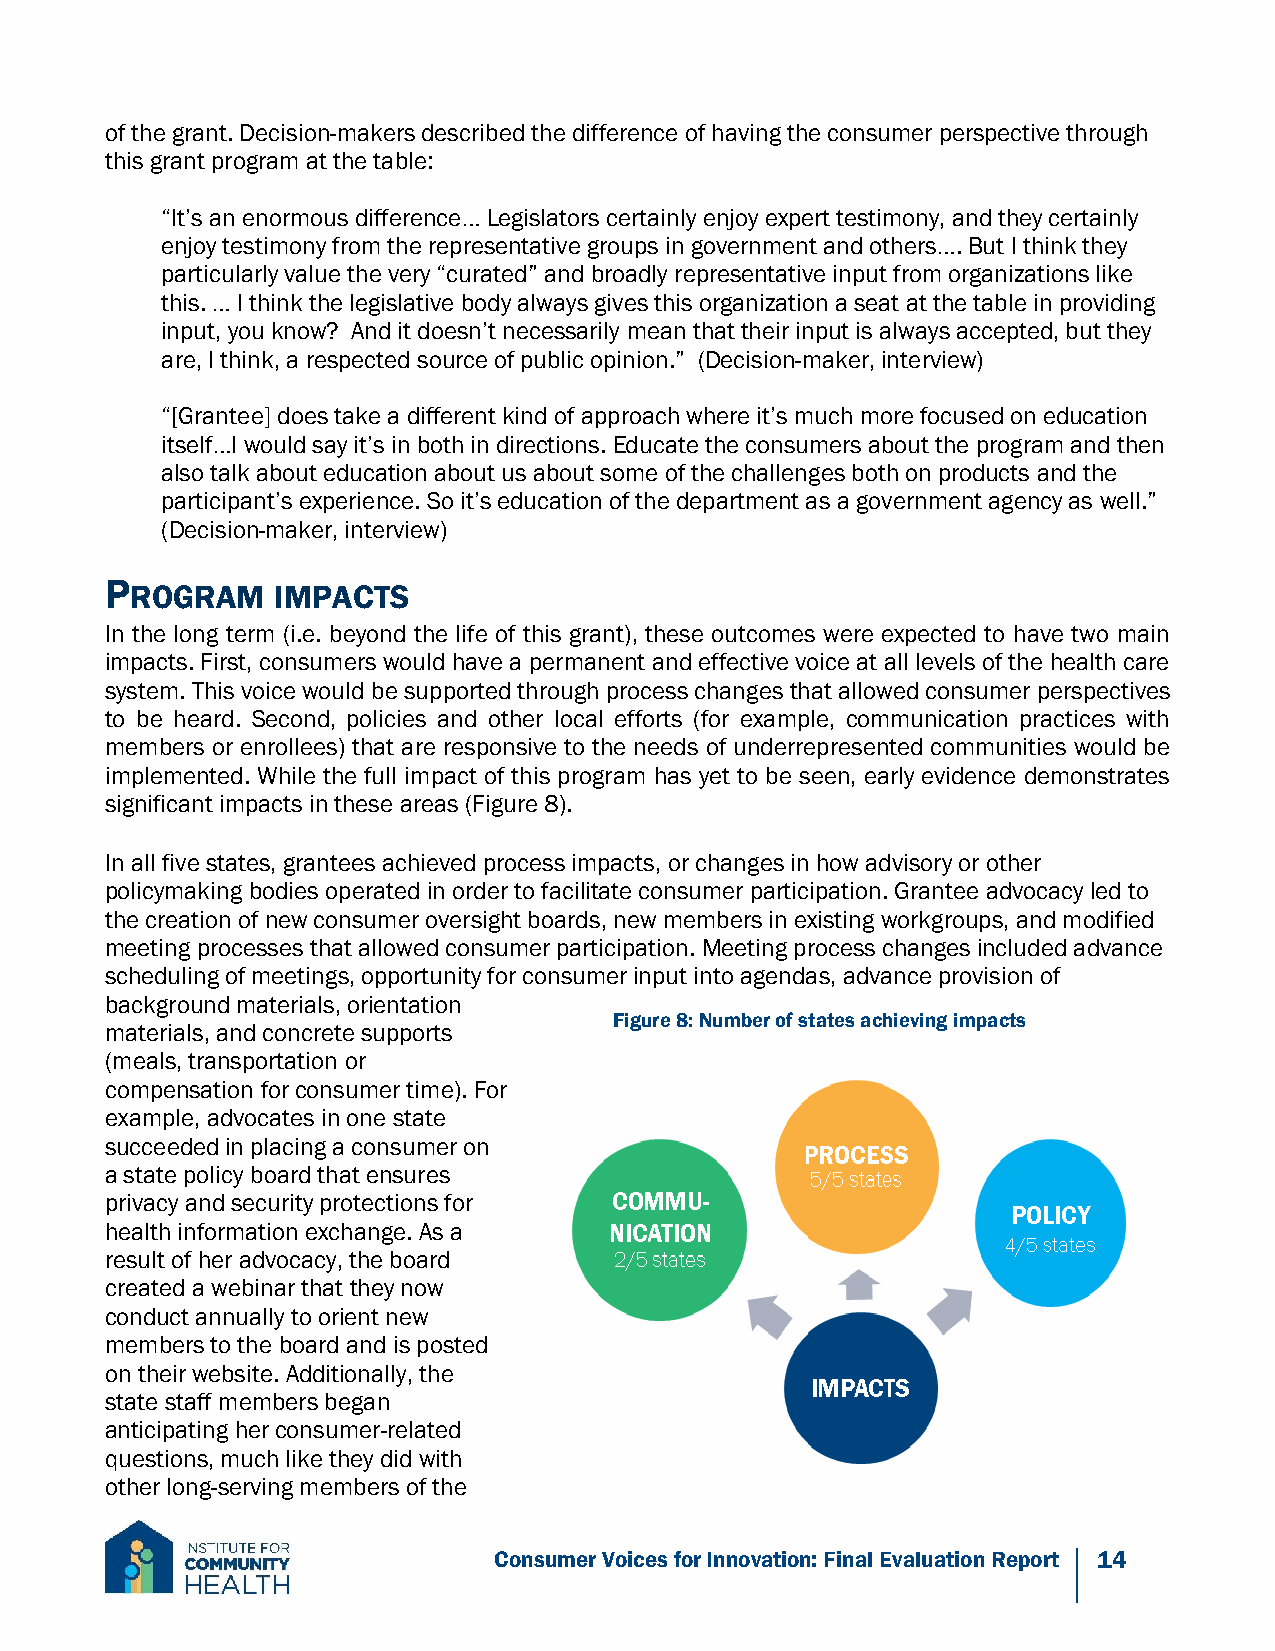
of the grant. Decision-makers described the difference of having the consumer perspective through
 this grant program at the table:
 “It’s an enormous difference… Legislators certainly enjoy expert testimony, and they certainly
 enjoy testimony from the representative groups in government and others…. But I think they
 particularly value the very “curated” and broadly representative input from organizations like
 this. … I think the legislative body always gives this organization a seat at the table in providing
 input, you know? And it doesn’t necessarily mean that their input is always accepted, but they
 are, I think, a respected source of public opinion.” (Decision-maker, interview)
 “[Grantee] does take a different kind of approach where it’s much more focused on education
 itself…I would say it’s in both in directions. Educate the consumers about the program and then
 also talk about education about us about some of the challenges both on products and the
 participant’s experience. So it’s education of the department as a government agency as well.”
 (Decision-maker, interview)
 P
 ROGRAM   IMPACTS
 In the long term (i.e. beyond the life of this grant), these outcomes were expected to have two main
 impacts. First, consumers would have a permanent and effective voice at all levels of the health care
 system. This voice would be supported through process changes that allowed consumer perspectives
 to be heard. Second, policies and other local efforts (for example, communication practices with
 members or enrollees) that are responsive to the needs of underrepresented communities would be
 implemented. While the full impact of this program has yet to be seen, early evidence demonstrates
 significant impacts in these areas (Figure 8).
 In all five states, grantees achieved process impacts, or changes in how advisory or other
 policymaking bodies operated in order to facilitate consumer participation. Grantee advocacy led to
 the creation of new consumer oversight boards, new members in existing workgroups, and modified
 meeting processes that allowed consumer participation. Meeting process changes included advance
 scheduling of meetings, opportunity for consumer input into agendas, advance provision of
 background materials, orientation
 Figure 8: Number of states achieving impacts
 materials, and concrete supports
 (meals, transportation or
 compensation for consumer time). For
 example, advocates in one state
 succeeded in placing a consumer on
 a state policy board that ensures
 privacy and security protections for
 health information exchange. As a
 result of her advocacy, the board
 created a webinar that they now
 conduct annually to orient new
 members to the board and is posted
 on their website. Additionally, the
 state staff members began
 anticipating her consumer-related
 questions, much like they did with
 other long-serving members of the
 Consumer Voices for Innovation: Final Evaluation Report 14